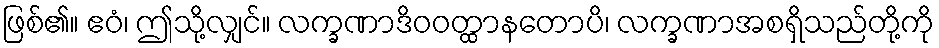
ဖြစ်၏။ ဧဝံ၊ ဤသို့လျှင်။ လက္ခဏာဒိဝဝတ္ထာနတောပိ၊ လက္ခဏာအစရှိသည်တို့ကို